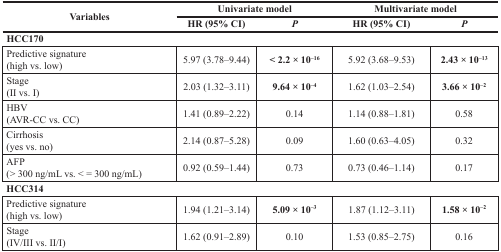
<table><thead><tr><td rowspan="2"><b>Variables</b></td><td colspan="2"><b>Univariate model</b></td><td colspan="2"><b>Multivariate model</b></td></tr><tr><td><b>HR (95% CI)</b></td><td><b><i>P</i></b></td><td><b>HR (95% CI)</b></td><td><b><i>P</i></b></td></tr></thead><tbody><tr><td colspan="5"><b>HCC170</b></td></tr><tr><td>Predictive signature (high vs. low)</td><td>5.97 (3.78–9.44)</td><td><b>&lt; 2.2 × 10<sup>−16</sup></b></td><td>5.92 (3.68–9.53)</td><td><b>2.43 × 10<sup>−13</sup></b></td></tr><tr><td>Stage (II vs. I)</td><td>2.03 (1.32–3.11)</td><td><b>9.64 × 10<sup>−4</sup></b></td><td>1.62 (1.03–2.54)</td><td><b>3.66 × 10<sup>−2</sup></b></td></tr><tr><td>HBV (AVR-CC vs. CC)</td><td>1.41 (0.89–2.22)</td><td>0.14</td><td>1.14 (0.88–1.81)</td><td>0.58</td></tr><tr><td>Cirrhosis (yes vs. no)</td><td>2.14 (0.87–5.28)</td><td>0.09</td><td>1.60 (0.63–4.05)</td><td>0.32</td></tr><tr><td>AFP (&gt; 300 ng/mL vs. &lt; = 300 ng/mL)</td><td>0.92 (0.59–1.44)</td><td>0.73</td><td>0.73 (0.46–1.14)</td><td>0.17</td></tr><tr><td><b>HCC314</b></td><td><b> </b></td><td><b> </b></td><td><b> </b></td><td><b> </b></td></tr><tr><td>Predictive signature (high vs. low)</td><td>1.94 (1.21–3.14)</td><td><b>5.09 × 10<sup>−3</sup></b></td><td>1.87 (1.12–3.11)</td><td><b>1.58 × 10<sup>−2</sup></b></td></tr><tr><td>Stage (IV/III vs. II/I)</td><td>1.62 (0.91–2.89)</td><td>0.10</td><td>1.53 (0.85–2.75)</td><td>0.16</td></tr></tbody></table>